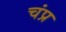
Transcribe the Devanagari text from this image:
चंप्र